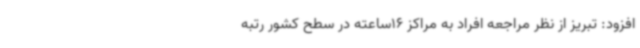
افزود: تبریز از نظر مراجعه افراد به مراکز 16ساعته در سطح کشور رتبه